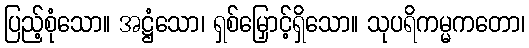
ပြည့်စုံသော။ အဋ္ဌံသော၊ ရှစ်မြှောင့်ရှိသော။ သုပရိကမ္မကတော၊